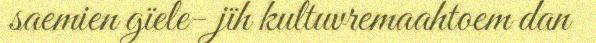
saemien gïele- jïh kultuvremaahtoem dan